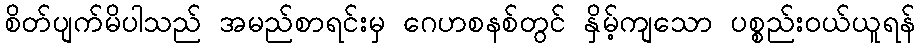
စိတ်ပျက်မိပါသည် အမည်စာရင်းမှ ဂေဟစနစ်တွင် နှိမ့်ကျသော ပစ္စည်းဝယ်ယူရန်